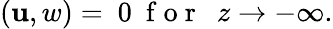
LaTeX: (\mathbf{u},w)=~0~\mathrm{~f~o~r~}~~z\to-\infty.